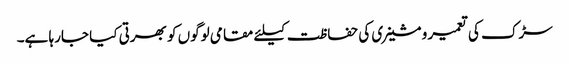
سڑک کی تعمیر و مشینری کی حفاظت کیلئے مقامی لوگوں کو بھرتی کیا جارہا ہے۔